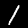
Label: 1